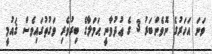
ވަނަ އަހަރުގެ ނޮވެންބަރު 3 ގެ ޢުދުވާނީ ޙަމަލާގެ ބިރުވެރި ވަގުތުގައިވެސް ޤައުމީ